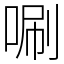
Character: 唰